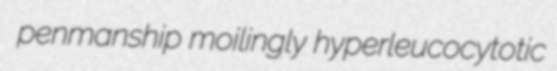
penmanship moilingly hyperleucocytotic